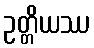
ဥတ္တိယဿ